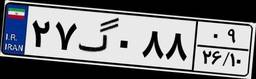
۲۷گ۰۸۸۰۹